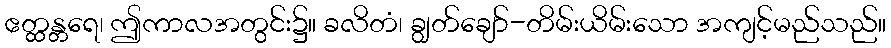
ဧတ္ထန္တရေ၊ ဤကာလအတွင်း၌။ ခလိတံ၊ ချွတ်ချော်-တိမ်းယိမ်းသော အကျင့်မည်သည်။